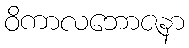
ဝိကာလဘောဇနာ